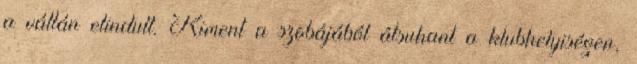
a vállán elindult. Kiment a szobájából átsuhant a klubhelyiségen,